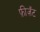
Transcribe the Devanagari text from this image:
फ़ीज़ॅंट